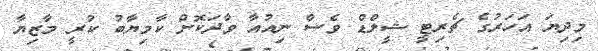
މިދިޔަ އަހަރުގެ ޗެރިޓީ ޝީލްޑް ވެސް ނިއުއާ ވާދަކޮށް ކާމިޔާބު ކުރީ މާޒިޔާ